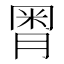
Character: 𣍸